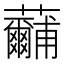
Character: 𮓕